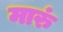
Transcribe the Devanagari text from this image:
मारुं